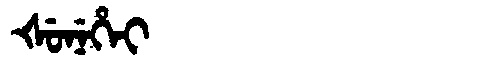
Manchu: ᡧᡠᠨᡝᡥᡝᡳ
Romanization: ŠUNEHEI